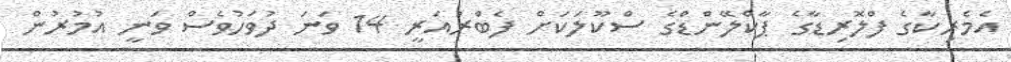
އެމެރިކާގެ ފްލޮރިޑާގެ ޕާކްލޭންޑްގެ ސްކޫލަކަށް ފެބްރުއަރީ 14 ވަނަ ދުވަހުވެސް ވަނީ އުމުރުން